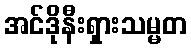
အင်ဒိုနီးရှားသမ္မတ